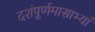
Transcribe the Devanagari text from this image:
दशंपूर्णमासाभ्यां